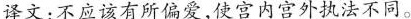
译文：不应该有所偏爱，使宫内宫外执法不同。